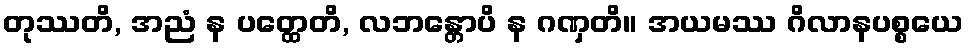
တုဿတိ, အညံ န ပတ္ထေတိ, လဘန္တောပိ န ဂဏှတိ။ အယမဿ ဂိလာနပစ္စယေ